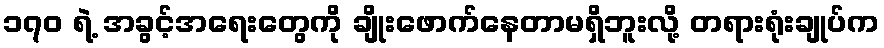
၁၇၀ ရဲ့ အခွင့်အရေးတွေကို ချိုးဖောက်နေတာမရှိဘူးလို့ တရားရုံးချုပ်က